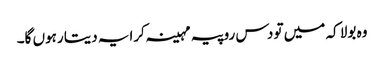
وہ بولا کہ میں تو دس روپیہ مہینہ کرایہ دیتا رہوں گا۔